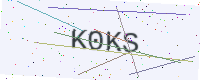
Text: K0KS